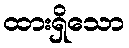
ထားရှိသော